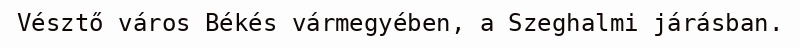
Vésztő város Békés vármegyében, a Szeghalmi járásban.